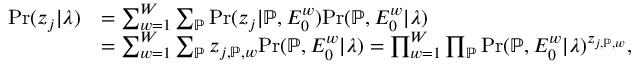
\begin{array} { r l } { \mathrm { P r } ( \boldsymbol { z } _ { j } | \boldsymbol { \lambda } ) } & { = \sum _ { w = 1 } ^ { W } \sum _ { \mathbb { P } } \mathrm { P r } ( \boldsymbol { z } _ { j } | \mathbb { P } , E _ { 0 } ^ { w } ) \mathrm { P r } ( \mathbb { P } , E _ { 0 } ^ { w } | \boldsymbol { \lambda } ) } \\ & { = \sum _ { w = 1 } ^ { W } \sum _ { \mathbb { P } } z _ { j , \mathbb { P } , w } \mathrm { P r } ( \mathbb { P } , E _ { 0 } ^ { w } | \boldsymbol { \lambda } ) = \prod _ { w = 1 } ^ { W } \prod _ { \mathbb { P } } \mathrm { P r } ( \mathbb { P } , E _ { 0 } ^ { w } | \boldsymbol { \lambda } ) ^ { z _ { j , \mathbb { P } , w } } , } \end{array}